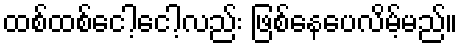
ထစ်ထစ်ငေါ့ငေါ့လည်း ဖြစ်နေပေလိမ့်မည်။